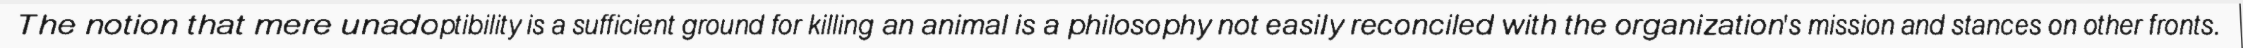
The notion that mere unadoptibility is a sufficient ground for killing an animal is a philosophy not easily reconciled with the organization's mission and stances on other fronts.